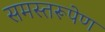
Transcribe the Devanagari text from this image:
समस्तरूपेण